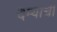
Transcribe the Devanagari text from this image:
दम्याची